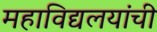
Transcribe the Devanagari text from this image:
महाविद्यलयांची